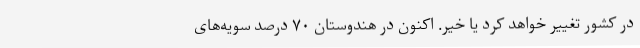
در کشور تغییر خواهد کرد یا خیر. اکنون در هندوستان ۷۰ درصد سویه‌های